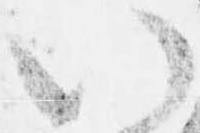
い